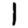
Digit: 1